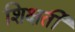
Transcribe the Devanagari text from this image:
शिक्षर्ती